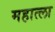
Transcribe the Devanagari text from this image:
महात्ला